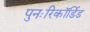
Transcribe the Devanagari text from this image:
पुनःरिकॉर्डिड